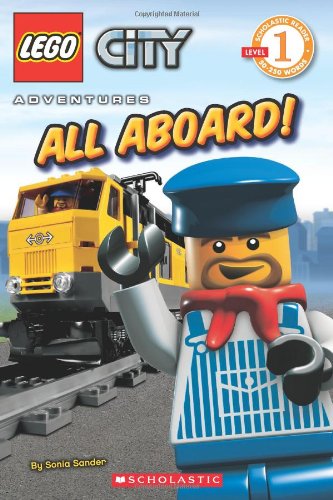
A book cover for LEGO City: All Aboard! (Level 1); Scholastic; Children's Books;